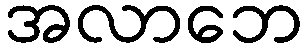
အလာဘေ